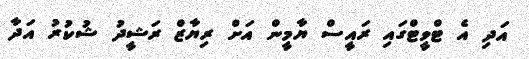
އަދި އެ ޓްވީޓްގައި ރައީސް ޔާމީން އަށް ރިޔާޒް ރަޝީދު ޝުކުރު އަދާ